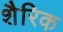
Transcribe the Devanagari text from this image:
शैरिक